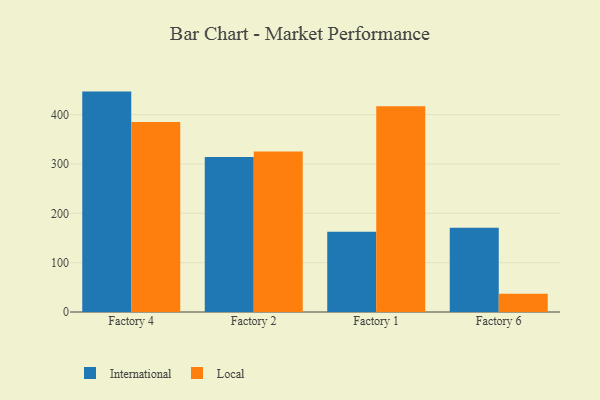
{"axis": {"x": "Factory", "y": "Website Visitors"}, "legend": ["International", "Local"], "data": [{"x": "Factory 4", "y": 446.6, "type": "International"}, {"x": "Factory 4", "y": 385.1, "type": "Local"}, {"x": "Factory 2", "y": 314.3, "type": "International"}, {"x": "Factory 2", "y": 325.0, "type": "Local"}, {"x": "Factory 1", "y": 162.7, "type": "International"}, {"x": "Factory 1", "y": 416.7, "type": "Local"}, {"x": "Factory 6", "y": 170.5, "type": "International"}, {"x": "Factory 6", "y": 36.8, "type": "Local"}]}